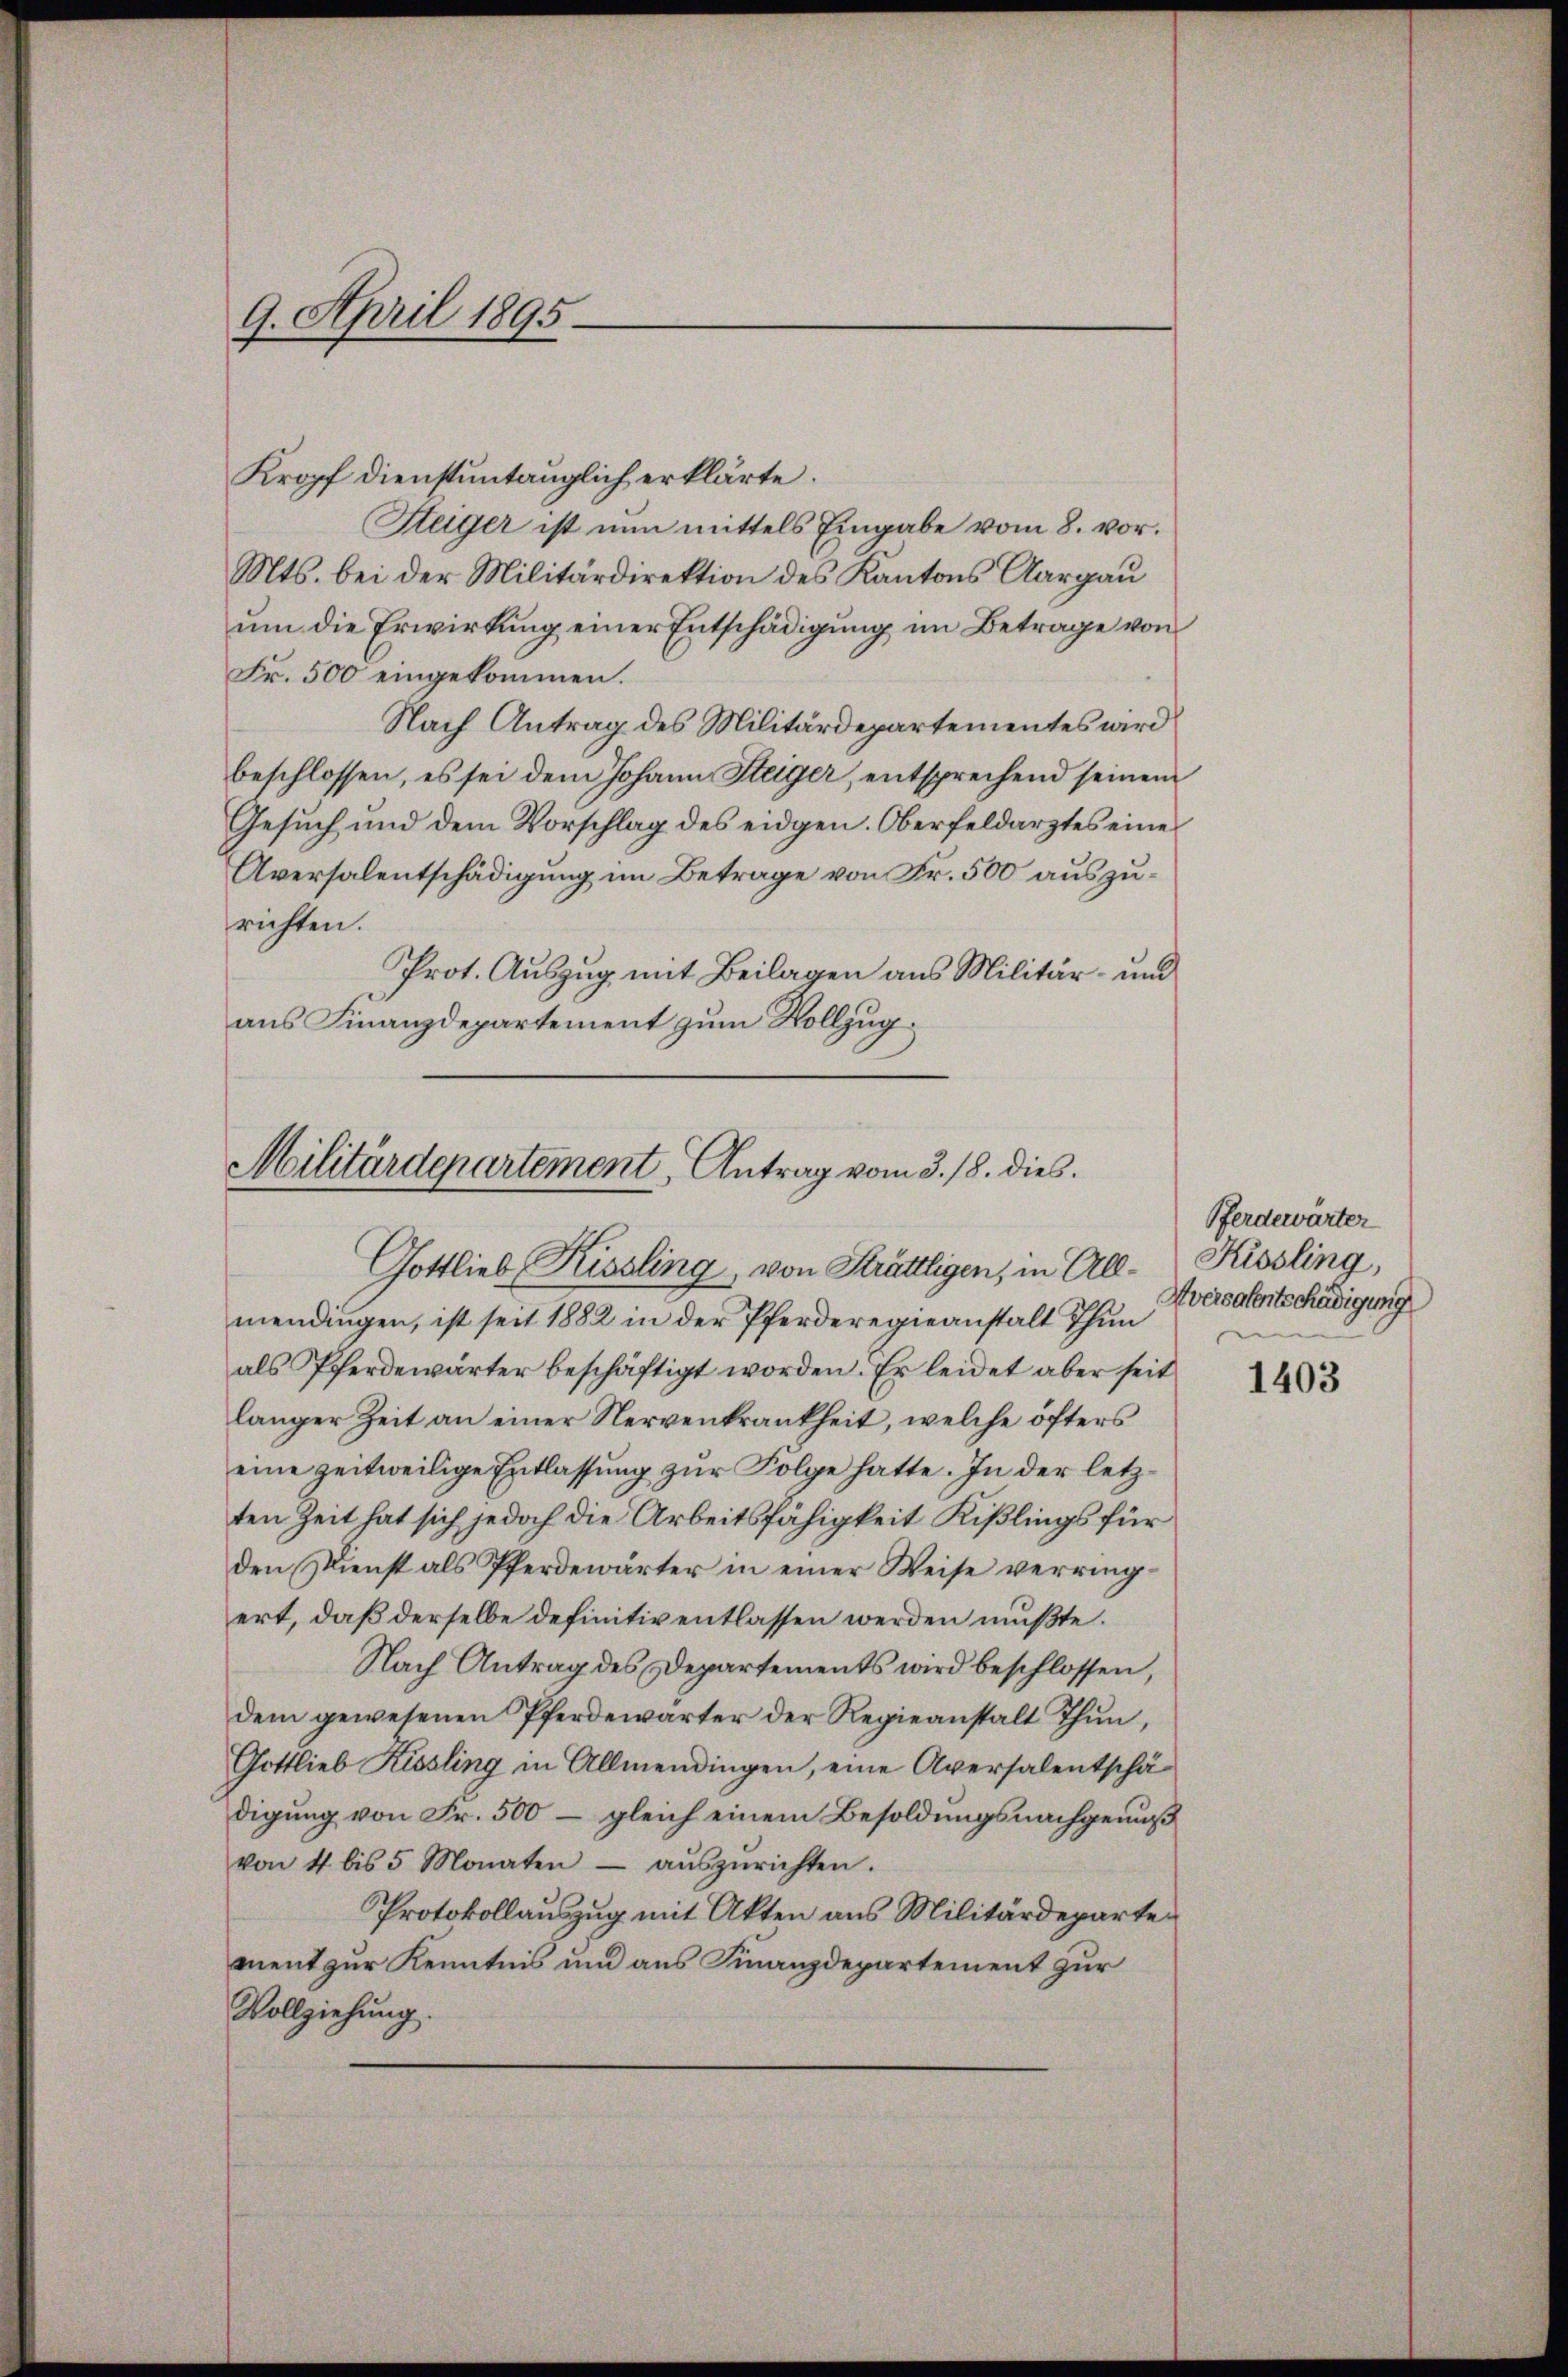
9. April 1895.

Kropf dienstuntauglich erklärte.
Steiger ist nun mittels Eingabe vom 8. vor.
Mts. bei der Militärdirektion des Kantons Aargau
um die Erwirkung einer Entschädigung im Betrage von
Fr. 500 eingekommen.
Nach Antrag des Militärdepartementes wird
beschlossen, es sei dem Johann Steiger, entsprechend seinem
Gesuch und dem Vorschlag des eidgen. Oberfeldarztes eines
Aversalentschädigung im Betrage von Fr. 500 auszurichten.
Prot. Auszug mit Beilagen aus Militär- und
aus Finanzdepartement zum Vollzug

Gottlieb Kissling, von Strätlligen, in Allmendingen, ist seit 1882 in der Pferderegieanstalt Thun
als Pferdewärter beschäftigt worden. Er leidet aber seit
langer Zeit an einer Nervenkrankheit, welche öfters
eine zeitweilige Entlassung zur Folge hatte. In der letzten Zeit hat sich jedoch die Arbeitsfähigkeit Kißlings für
den Dienst als Pferdewärter in einer Weise verringert, daß derselbe definitiv entlassen werden mußte.
Nach Antrag des Departements wird beschlossen,
dem gewesenen Pferdewärter der Regieanstalt Thun,
Gottlieb Kissling in Allmendingen, eine Aversalentschä-
digung von Fr. 500 – gleich einem Besoldungsnachgenuß
von 4 bis 5 Monaten aŭszŭrichten.
Protokollauszug mit Akten aus Militärdeparten
ment zur Kenntnis und aus Finanzdepartement zur
Vollziehung.

Militärdepartement, Antrag vom 3. 18. dies.

Pferdewärter
Kisling,
Aversalentschädigung

1403